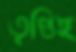
তৃপ্তিই